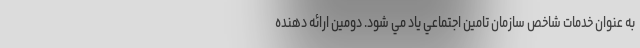
به عنوان خدمات شاخص سازمان تامين اجتماعي ياد مي شود. دومين ارائه دهنده